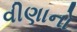
વીણાનો